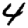
Digit: 4